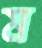
ম